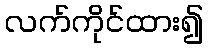
လက်ကိုင်ထား၍